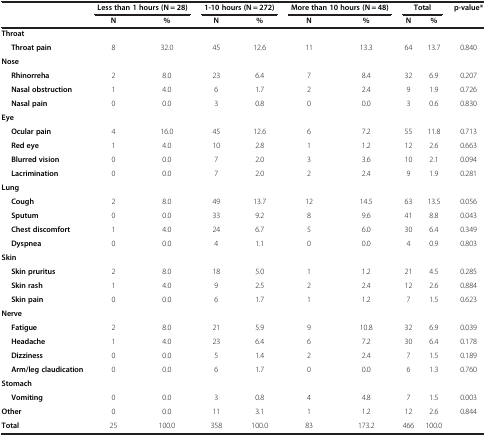
<table><thead><tr><td><b> </b></td><td colspan="2"><b>Less than 1 hours (N = 28)</b></td><td colspan="2"><b>1-10 hours (N = 272)</b></td><td colspan="2"><b>More than 10 hours (N = 48)</b></td><td colspan="2"><b>Total</b></td><td><b>p-value*</b></td></tr><tr><td><b> </b></td><td><b>N</b></td><td><b>%</b></td><td><b>N</b></td><td><b>%</b></td><td><b>N</b></td><td><b>%</b></td><td><b>N</b></td><td><b>%</b></td><td><b> </b></td></tr></thead><tbody><tr><td><b>Throat</b></td><td> </td><td> </td><td> </td><td> </td><td> </td><td> </td><td> </td><td> </td><td> </td></tr><tr><td><b>Throat pain</b></td><td>8</td><td>32.0</td><td>45</td><td>12.6</td><td>11</td><td>13.3</td><td>64</td><td>13.7</td><td>0.840</td></tr><tr><td><b>Nose</b></td><td> </td><td> </td><td> </td><td> </td><td> </td><td> </td><td> </td><td> </td><td> </td></tr><tr><td><b>Rhinorreha</b></td><td>2</td><td>8.0</td><td>23</td><td>6.4</td><td>7</td><td>8.4</td><td>32</td><td>6.9</td><td>0.207</td></tr><tr><td><b>Nasal obstruction</b></td><td>1</td><td>4.0</td><td>6</td><td>1.7</td><td>2</td><td>2.4</td><td>9</td><td>1.9</td><td>0.726</td></tr><tr><td><b>Nasal pain</b></td><td>0</td><td>0.0</td><td>3</td><td>0.8</td><td>0</td><td>0.0</td><td>3</td><td>0.6</td><td>0.830</td></tr><tr><td><b>Eye</b></td><td> </td><td> </td><td> </td><td> </td><td> </td><td> </td><td> </td><td> </td><td> </td></tr><tr><td><b>Ocular pain</b></td><td>4</td><td>16.0</td><td>45</td><td>12.6</td><td>6</td><td>7.2</td><td>55</td><td>11.8</td><td>0.713</td></tr><tr><td><b>Red eye</b></td><td>1</td><td>4.0</td><td>10</td><td>2.8</td><td>1</td><td>1.2</td><td>12</td><td>2.6</td><td>0.663</td></tr><tr><td><b>Blurred vision</b></td><td>0</td><td>0.0</td><td>7</td><td>2.0</td><td>3</td><td>3.6</td><td>10</td><td>2.1</td><td>0.094</td></tr><tr><td><b>Lacrimination</b></td><td>0</td><td>0.0</td><td>7</td><td>2.0</td><td>2</td><td>2.4</td><td>9</td><td>1.9</td><td>0.281</td></tr><tr><td><b>Lung</b></td><td> </td><td> </td><td> </td><td> </td><td> </td><td> </td><td> </td><td> </td><td> </td></tr><tr><td><b>Cough</b></td><td>2</td><td>8.0</td><td>49</td><td>13.7</td><td>12</td><td>14.5</td><td>63</td><td>13.5</td><td>0.056</td></tr><tr><td><b>Sputum</b></td><td>0</td><td>0.0</td><td>33</td><td>9.2</td><td>8</td><td>9.6</td><td>41</td><td>8.8</td><td>0.043</td></tr><tr><td><b>Chest discomfort</b></td><td>1</td><td>4.0</td><td>24</td><td>6.7</td><td>5</td><td>6.0</td><td>30</td><td>6.4</td><td>0.349</td></tr><tr><td><b>Dyspnea</b></td><td>0</td><td>0.0</td><td>4</td><td>1.1</td><td>0</td><td>0.0</td><td>4</td><td>0.9</td><td>0.803</td></tr><tr><td><b>Skin</b></td><td> </td><td> </td><td> </td><td> </td><td> </td><td> </td><td> </td><td> </td><td> </td></tr><tr><td><b>Skin pruritus</b></td><td>2</td><td>8.0</td><td>18</td><td>5.0</td><td>1</td><td>1.2</td><td>21</td><td>4.5</td><td>0.285</td></tr><tr><td><b>Skin rash</b></td><td>1</td><td>4.0</td><td>9</td><td>2.5</td><td>2</td><td>2.4</td><td>12</td><td>2.6</td><td>0.884</td></tr><tr><td><b>Skin pain</b></td><td>0</td><td>0.0</td><td>6</td><td>1.7</td><td>1</td><td>1.2</td><td>7</td><td>1.5</td><td>0.623</td></tr><tr><td><b>Nerve</b></td><td> </td><td> </td><td> </td><td> </td><td> </td><td> </td><td> </td><td> </td><td> </td></tr><tr><td><b>Fatigue</b></td><td>2</td><td>8.0</td><td>21</td><td>5.9</td><td>9</td><td>10.8</td><td>32</td><td>6.9</td><td>0.039</td></tr><tr><td><b>Headache</b></td><td>1</td><td>4.0</td><td>23</td><td>6.4</td><td>6</td><td>7.2</td><td>30</td><td>6.4</td><td>0.178</td></tr><tr><td><b>Dizziness</b></td><td>0</td><td>0.0</td><td>5</td><td>1.4</td><td>2</td><td>2.4</td><td>7</td><td>1.5</td><td>0.189</td></tr><tr><td><b>Arm/leg claudication</b></td><td>0</td><td>0.0</td><td>6</td><td>1.7</td><td>0</td><td>0.0</td><td>6</td><td>1.3</td><td>0.760</td></tr><tr><td><b>Stomach</b></td><td> </td><td> </td><td> </td><td> </td><td> </td><td> </td><td> </td><td> </td><td> </td></tr><tr><td><b>Vomiting</b></td><td>0</td><td>0.0</td><td>3</td><td>0.8</td><td>4</td><td>4.8</td><td>7</td><td>1.5</td><td>0.003</td></tr><tr><td><b>Other</b></td><td>0</td><td>0.0</td><td>11</td><td>3.1</td><td>1</td><td>1.2</td><td>12</td><td>2.6</td><td>0.844</td></tr><tr><td><b>Total</b></td><td>25</td><td>100.0</td><td>358</td><td>100.0</td><td>83</td><td>173.2</td><td>466</td><td>100.0</td><td> </td></tr></tbody></table>